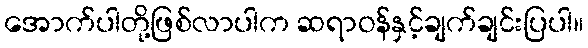
အောက်ပါတို့ဖြစ်လာပါက ဆရာဝန်နှင့်ချက်ချင်းပြပါ။